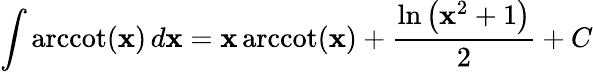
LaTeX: \int\operatorname{arccot}(\mathbf{x})\, d\mathbf{x}=\mathbf{x}\operatorname{arccot}(\mathbf{x})+{\frac{{\ln\left(\mathbf{x}^{2}+1\right)}}{{2}}}+C